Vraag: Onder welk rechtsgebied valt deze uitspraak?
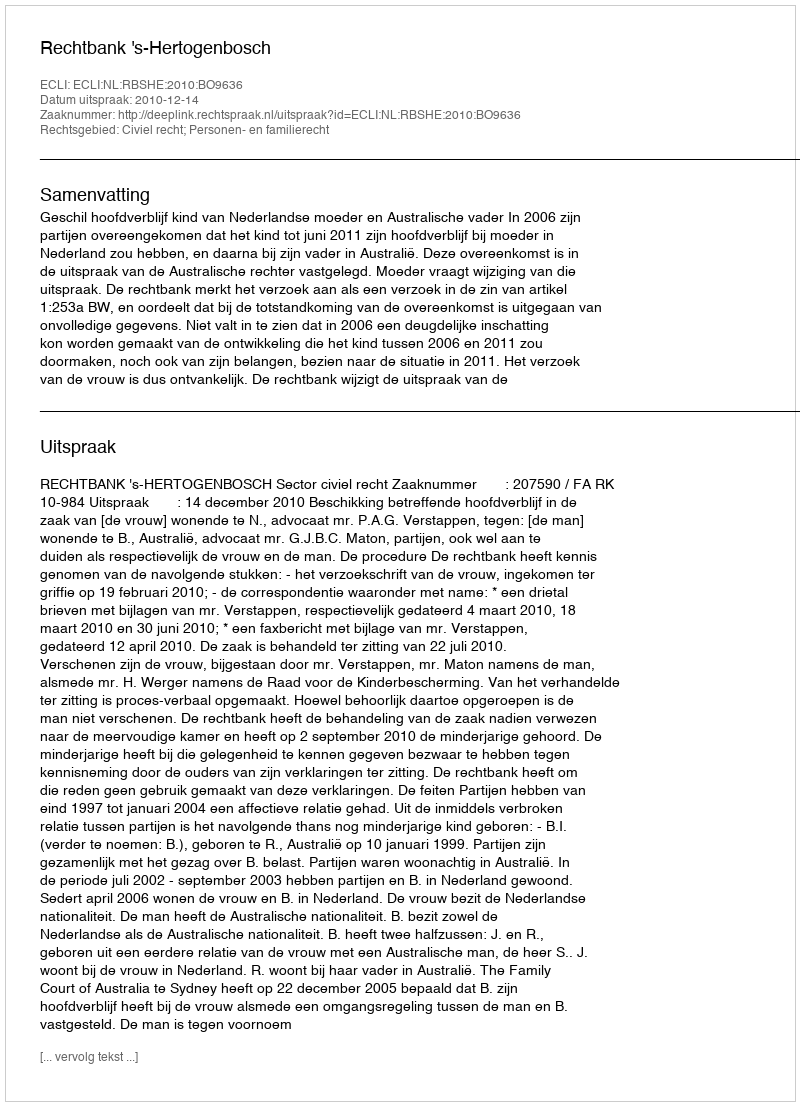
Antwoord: Civiel recht; Personen- en familierecht